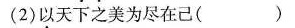
(2)以天下之美为尽在己()